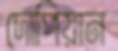
দোপিয়ান